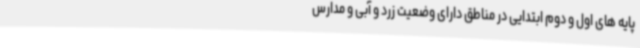
پایه های اول و دوم ابتدایی در مناطق دارای وضعیت زرد و آبی و مدارس